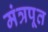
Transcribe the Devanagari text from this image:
मंत्रपूत